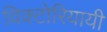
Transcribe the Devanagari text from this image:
विक्टोरियायी